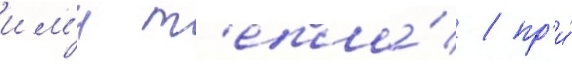
им'и т'епла́ / пр'и́